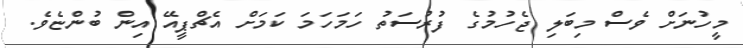
މީހުނަށް ވެސް މިބަލި ޖެހުމުގެ ފުރުސަތު ހަމަހަމަ ކަމަށް އެޗްޕީއޭ އިން ބުންޏެވެ.